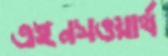
এইনসওয়ার্থ